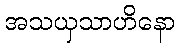
အသယှသာဟိနော